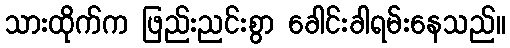
သားထိုက်က ဖြည်းညင်းစွာ ခေါင်းခါရမ်းနေသည်။